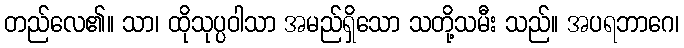
တည်လေ၏။ သာ၊ ထိုသုပ္ပဝါသာ အမည်ရှိသော သတို့သမီး သည်။ အပရဘာဂေ၊